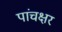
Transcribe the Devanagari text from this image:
पांचक्षर